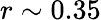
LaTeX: r\sim 0.35